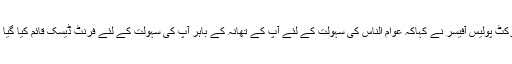
ڈسٹرکٹ پولیس آفیسر نے کہاکہ عوام الناس کی سہولت کے لئے آپ کے تھانہ کے باہر آپ کی سہولت کے لئے فرنٹ ڈیسک قائم کیا گیا ہے ۔